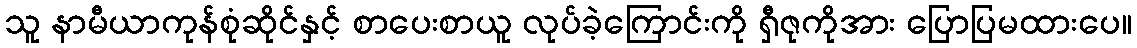
သူ နာမီယာကုန်စုံဆိုင်နှင့် စာပေးစာယူ လုပ်ခဲ့ကြောင်းကို ရှီဇုကိုအား ပြောပြမထားပေ။